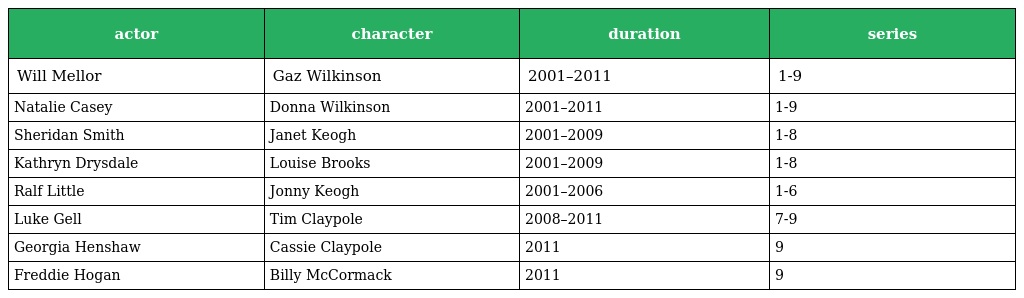
| actor | character | duration | series |
 | --- | --- | --- | --- |
 | Will Mellor | Gaz Wilkinson | 2001–2011 | 1-9 |
 | Natalie Casey | Donna Wilkinson | 2001–2011 | 1-9 |
 | Sheridan Smith | Janet Keogh | 2001–2009 | 1-8 |
 | Kathryn Drysdale | Louise Brooks | 2001–2009 | 1-8 |
 | Ralf Little | Jonny Keogh | 2001–2006 | 1-6 |
 | Luke Gell | Tim Claypole | 2008–2011 | 7-9 |
 | Georgia Henshaw | Cassie Claypole | 2011 | 9 |
 | Freddie Hogan | Billy McCormack | 2011 | 9 |